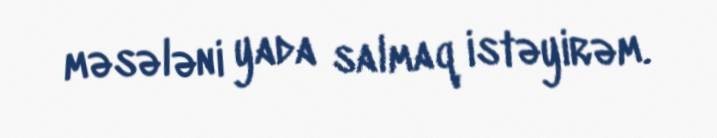
məsələni yada salmaq istəyirəm.